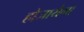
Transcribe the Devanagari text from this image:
होजायेगा